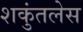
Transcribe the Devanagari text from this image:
शकुंतलेस